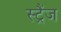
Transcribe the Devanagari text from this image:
स्ट्रैंज